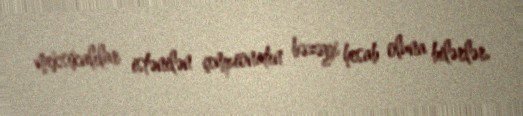
meksikalılar istənilən çempionatın bəzəyi hesab oluna bilərlər.